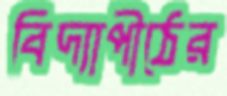
বিদ্যাপীঠের